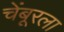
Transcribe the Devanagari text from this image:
चेंबूरला